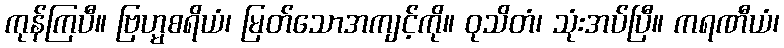
ကုန်ကြပီ။ ဗြဟ္မစရိယံ၊ မြတ်သောအကျင့်ကို။ ဝုသိတံ၊ သုံးအပ်ပြီ။ ကရဏီယံ၊